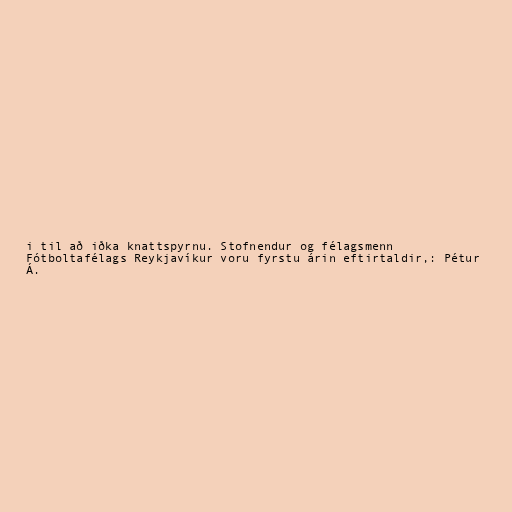
i til að iðka knattspyrnu. Stofnendur og félagsmenn
Fótboltafélags Reykjavíkur voru fyrstu árin eftirtaldir,: Pétur
Á.